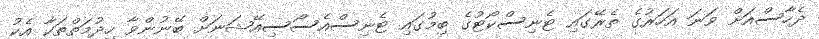
ދެހާސްއަށް ވަނަ އަހަރުގެ ތެރޭގައި ޓެނިސްކޯޓުގެ ބިމުގައި ޓެނިސްއެސޯސިއޭޝަނަށް ބޭނުންވާ ހިދުމަތްތަކާ އެކު